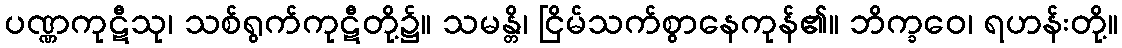
ပဏ္ဏကုဋီသု၊ သစ်ရွက်ကုဋီတို့၌။ သမန္တိ၊ ငြိမ်သက်စွာနေကုန်၏။ ဘိက္ခဝေ၊ ရဟန်းတို့။